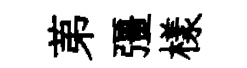
苐彊樣